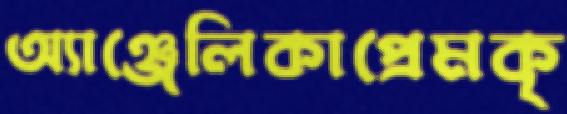
অ্যাঞ্জেলিকাপ্রেমকৃ